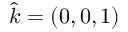
{ \boldsymbol { \hat { k } } } = ( 0 , 0 , 1 )